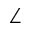
\angle